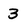
Character: 3